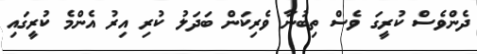
ދެންވެސް ކުރީގަ ވެސް ތިބުނާ ވެރިކަން ބަދަލު ކުރި އިރު އެންމެ ކުރީގައި